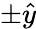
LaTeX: \pm\hat{y}